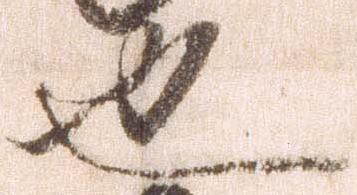
也